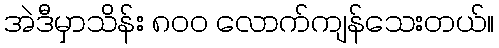
အဲဒီမှာသိန်း ၈၀၀ လောက်ကျန်သေးတယ်။